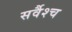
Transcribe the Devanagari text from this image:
सर्वैश्‍च